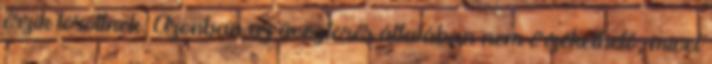
érzik töröttnek. Azonban az üvegtörés általában nem érzékelhető, mivel